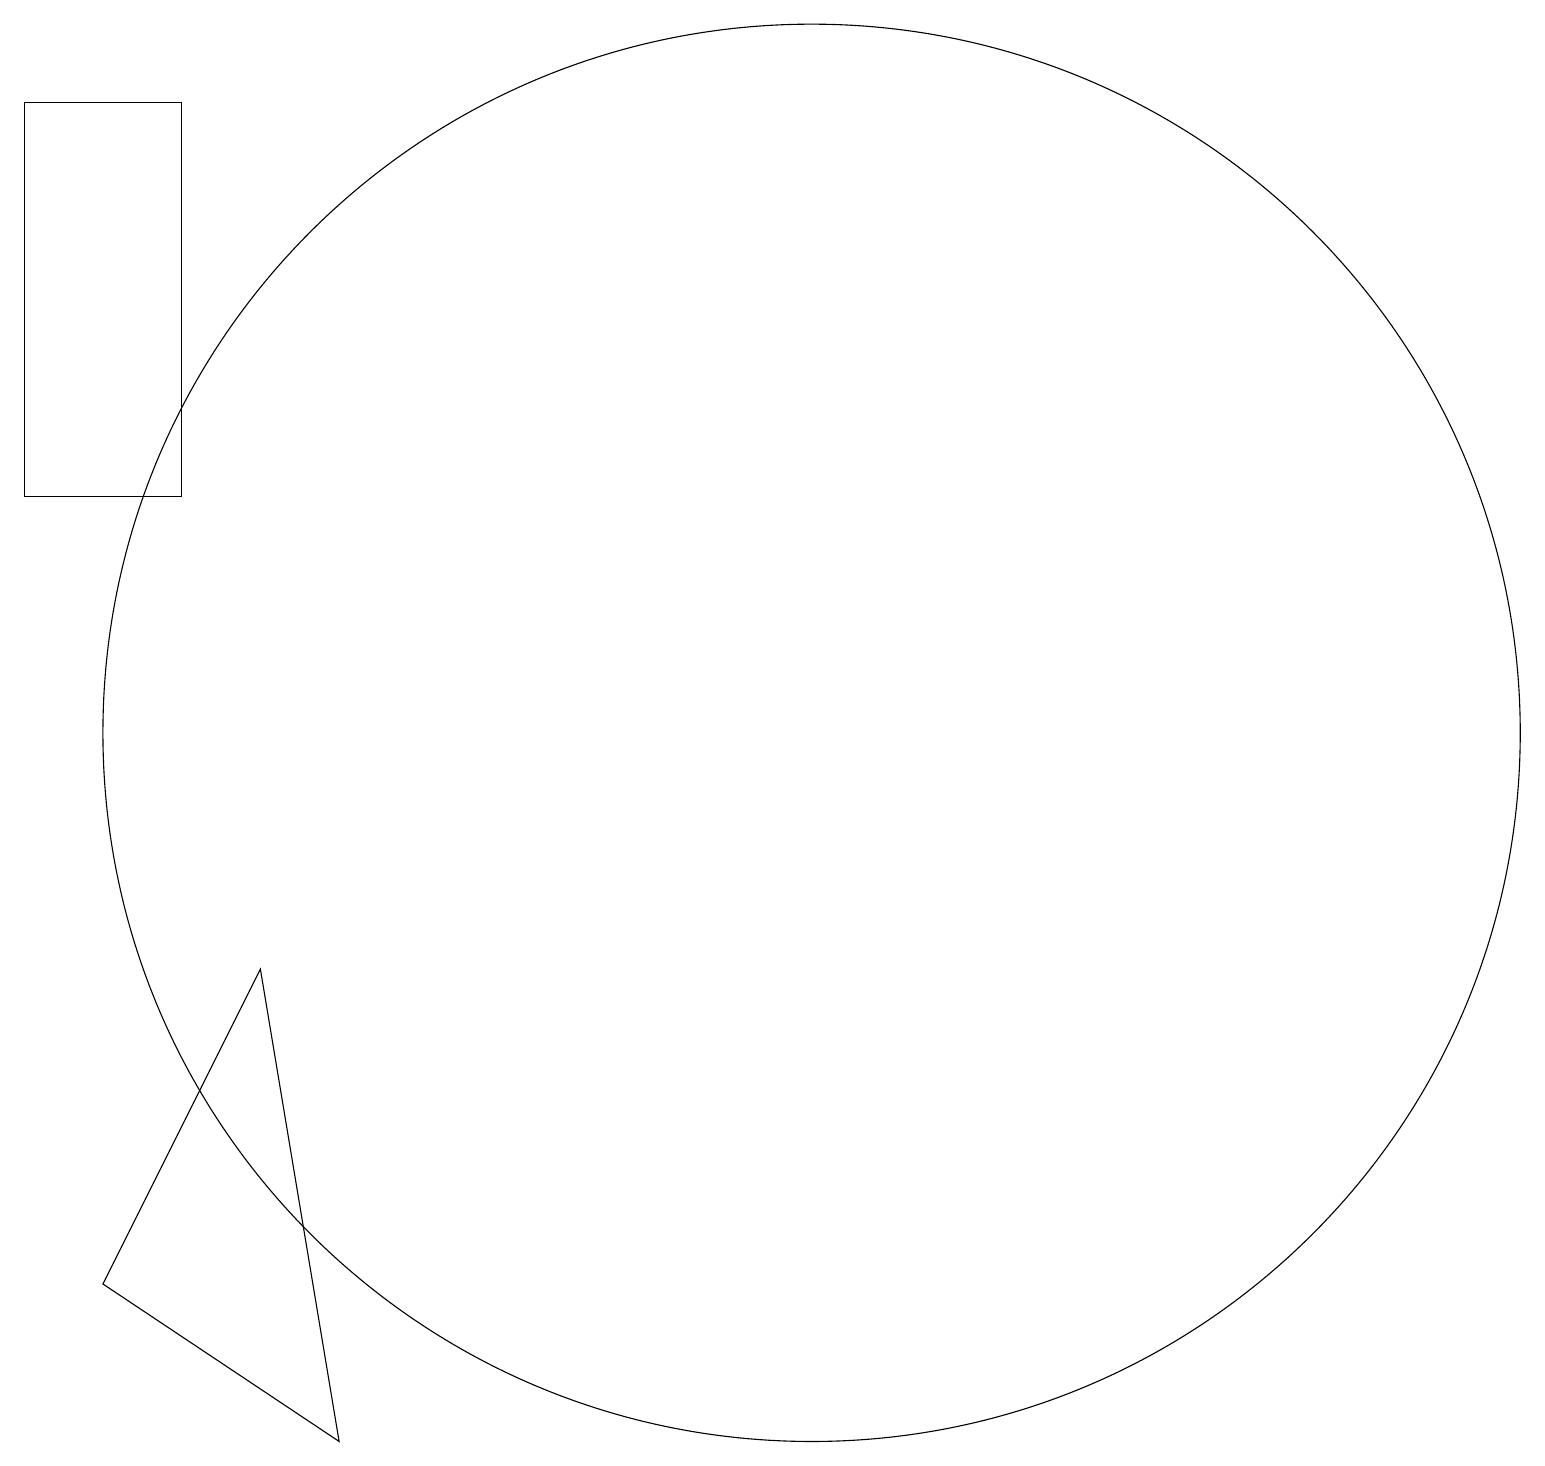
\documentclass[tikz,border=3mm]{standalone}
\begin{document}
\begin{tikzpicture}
\draw (11,10) circle (9);
\draw (5,1) -- (4,7) -- (2,3) -- cycle;
\draw (1,18) rectangle (3,13);
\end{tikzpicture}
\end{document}